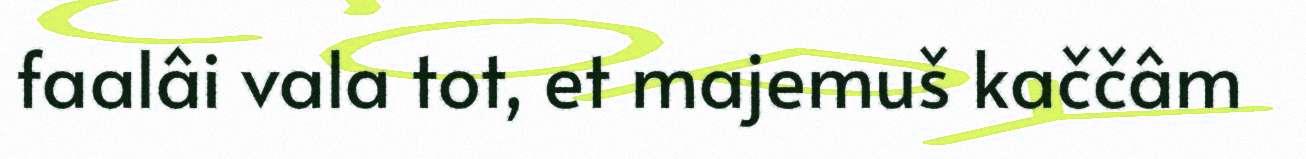
faalâi vala tot, et majemuš kaččâm